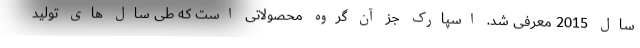
سال 2015 معرفی شد. اسپارک جز آن گروه محصولاتی است که طی سال های تولید